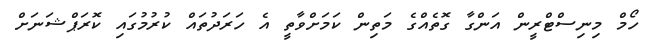
ހޯމް މިނިސްޓްރީން އަންގާ ގޮތެއްގެ މަތިން ކަމަށްވާތީ އެ ހަރަދުތައް ކުރުމުގައި ކޮރަޕްޝަނަށް